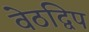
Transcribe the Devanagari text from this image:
वेठद्विप